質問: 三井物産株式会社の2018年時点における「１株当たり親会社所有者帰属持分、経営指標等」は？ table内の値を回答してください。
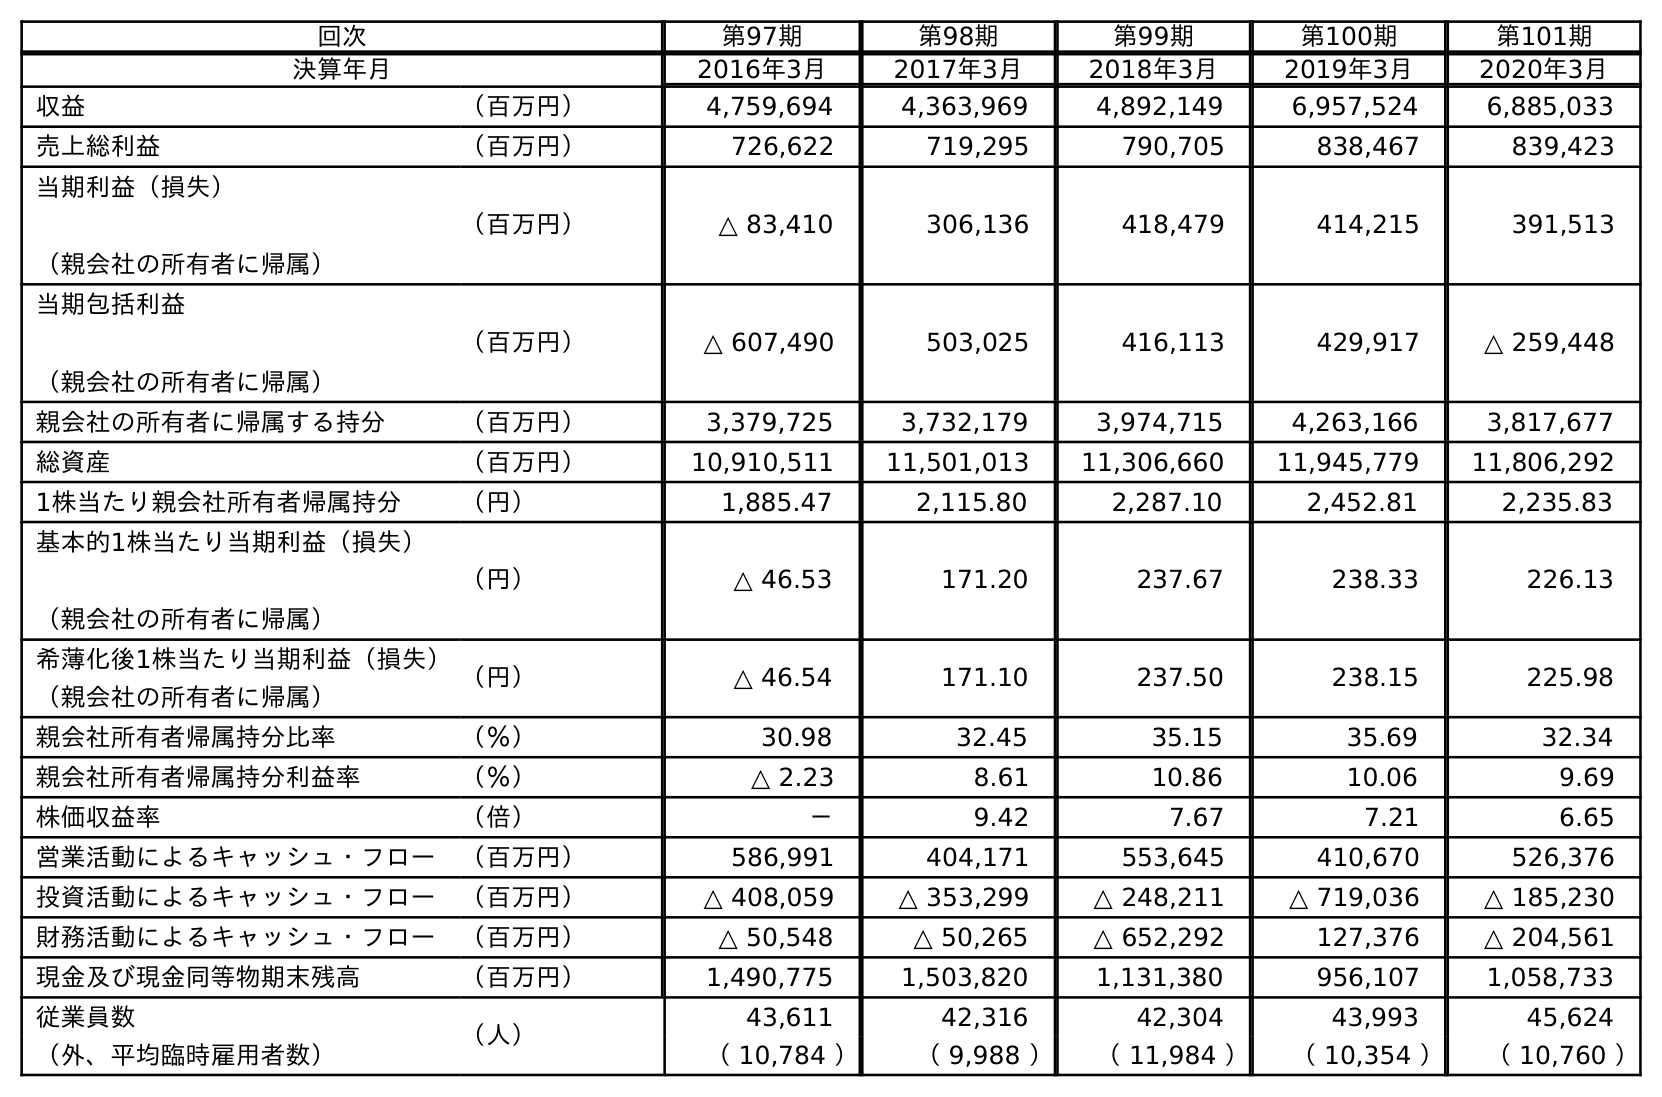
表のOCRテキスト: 回次 第97期 第98期 第99期 第100期 第101期 決算年月 2016年3月 2017年3月 2018年3月 2019年3月 2020年3月 収益 （百万円） 4,759,694 4,363,969 4,892,149 6,957,524 6,885,033 売上総利益 （百万円） 726,622 719,295 790,705 838,467 839,423 当期利益（損失） （親会社の所有者に帰属） （百万円） △ 83,410 306,136 418,479 414,215 391,513 当期包括利益 （親会社の所有者に帰属） （百万円） △ 607,490 503,025 416,113 429,917 △ 259,448 親会社の所有者に帰属する持分 （百万円） 3,379,725 3,732,179 3,974,715 4,263,166 3,817,677 総資産 （百万円） 10,910,511 11,501,013 11,306,660 11,945,779 11,806,292 1株当たり親会社所有者帰属持分 （円） 1,885.47 2,115.80 2,287.10 2,452.81 2,235.83 基本的1株当たり当期利益（損失） （親会社の所有者に帰属） （円） △ 46.53 171.20 237.67 238.33 226.13 希薄化後1株当たり当期利益（損失） （親会社の所有者に帰属） （円） △ 46.54 171.10 237.50 238.15 225.98 親会社所有者帰属持分比率 （％） 30.98 32.45 35.15 35.69 32.34 親会社所有者帰属持分利益率 （％） △ 2.23 8.61 10.86 10.06 9.69 株価収益率 （倍） － 9.42 7.67 7.21 6.65 営業活動によるキャッシュ・フロー （百万円） 586,991 404,171 553,645 410,670 526,376 投資活動によるキャッシュ・フロー （百万円） △ 408,059 △ 353,299 △ 248,211 △ 719,036 △ 185,230 財務活動によるキャッシュ・フロー （百万円） △ 50,548 △ 50,265 △ 652,292 127,376 △ 204,561 現金及び現金同等物期末残高 （百万円） 1,490,775 1,503,820 1,131,380 956,107 1,058,733 従業員数 （人） 43,611 42,316 42,304 43,993 45,624 （外、平均臨時雇用者数） （ 10,784 ） （ 9,988 ） （ 11,984 ） （ 10,354 ） （ 10,760 ）
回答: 2,287.10